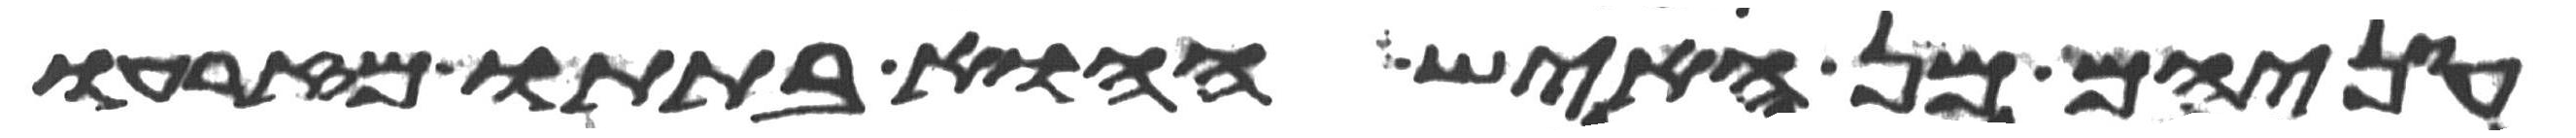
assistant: עיניהם מן האיש ההוא בתתו מזרעו